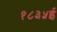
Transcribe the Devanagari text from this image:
१८३५ई